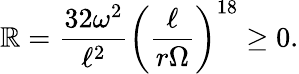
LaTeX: \mathbb{R}=\frac{{32\omega^{2}}}{{\ell^{2}}}\left(\frac{{\ell}}{{r\Omega}}\right)^{18}\ge0.